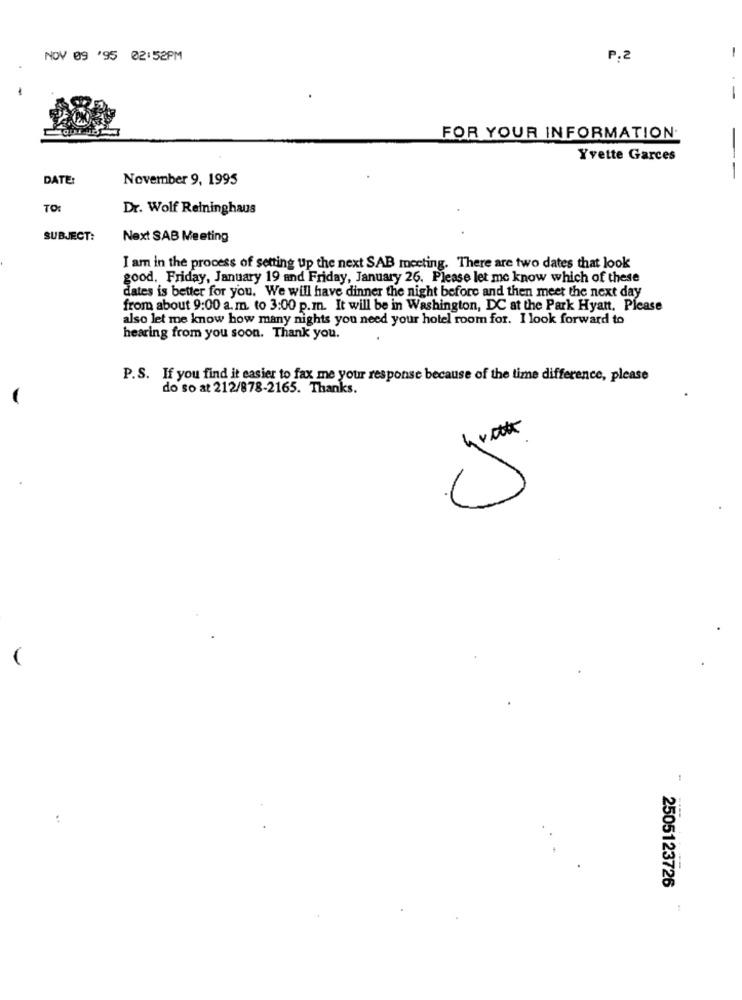
NOV 09 '95 02:52PM
P.2
-
FOR YOUR INFORMATION.
Yvette Garces
DATE:
November 9, 1995
-
TO:
Dr. Wolf Relninghaus
SUBJECT:
Next SAB Meeting
I am in the process of setting up the next SAB meeting. There are two dates that look
good. Friday, January 19 and Friday, January 26. Please let me know which of these
dates is better for you. We will have dinner the night before and then meet the next day
from about 9:00 a.m. to 3:00 p.m. It will be in Washington, DC at the Park Hyatt, Please
also let me know how many nights you need your hotel room for. I look forward to
hearing from you soon. Thank you.
P.S. If you find it easier to fax me your response because of the time difference, please
do so at 212/878-2165. Thanks.
5
1
..
2505123726